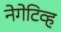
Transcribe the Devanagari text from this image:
नेगेटिव्ह